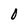
Character: o